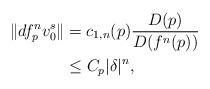
LaTeX: \begin{align*}\Vert df_p^n v^s_0\Vert&=c_{1,n}(p)\frac{D(p)}{D(f^n(p))}\\&\leq C_p|\delta|^n,\end{align*}